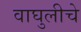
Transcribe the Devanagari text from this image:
वाघुलीचे